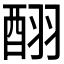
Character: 𮠪